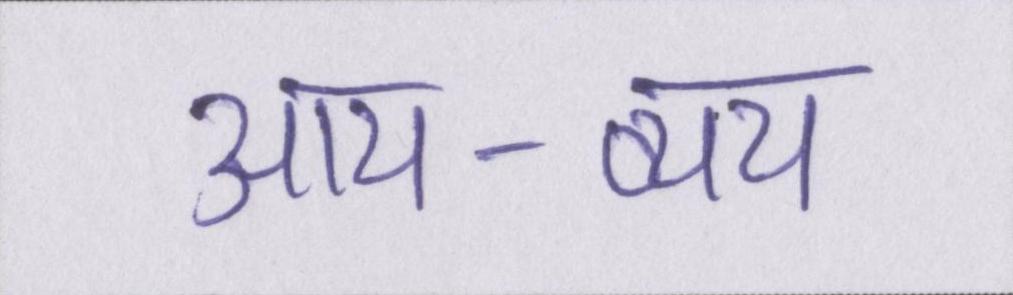
आय-व्यय